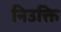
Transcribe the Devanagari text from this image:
निउक्ति